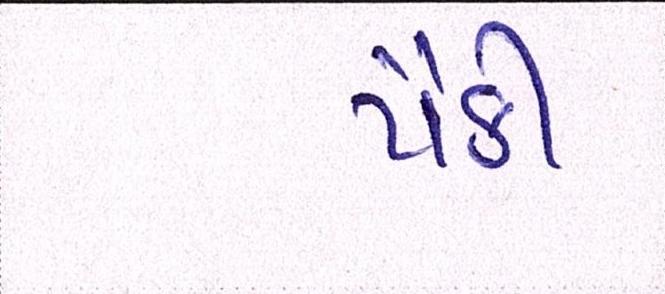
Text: પૈકી